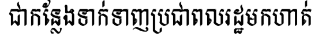
ជាកន្លែងទាក់ទាញប្រជាពលរដ្ឋមកហាត់